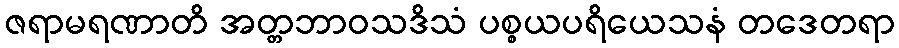
ဇရာမရဏာတိ အတ္တဘာဝသဒိသံ ပစ္စယပရိယေသနံ တဒေတရာ